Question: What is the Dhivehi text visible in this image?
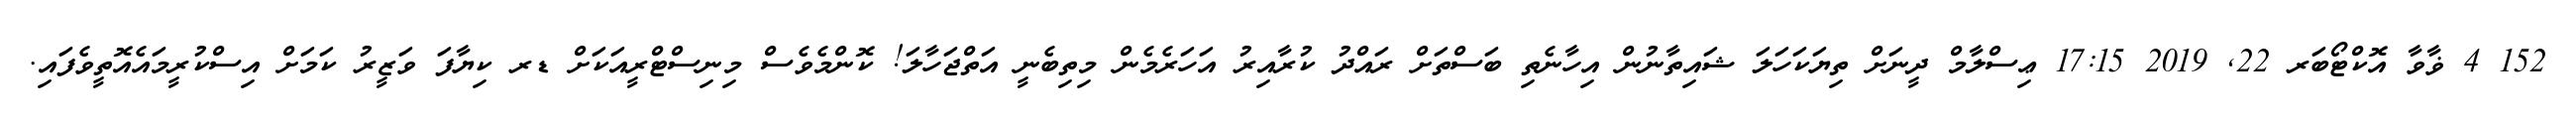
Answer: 152 4 ޥާވާ އޮކްޓޯބަރ 22, 2019 17:15 ޢިސްލާމް ދީނަށް ތިޔަކަހަލަ ޝައިތާނުން އިހާނެތި ބަސްތަށް ރައްދު ކުރާއިރު އަހަރެމެން މިތިބެނީ އަތްޖަހާލަ! ކޮންމެވެސް މިނިސްޓްރީއަކަށް ޑރ ކިޔާފަ ވަޒީރު ކަމަށް އިސްކުރީމައެއޮތީވެފައި.